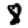
Digit: 8